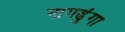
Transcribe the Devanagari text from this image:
नागढुंगा